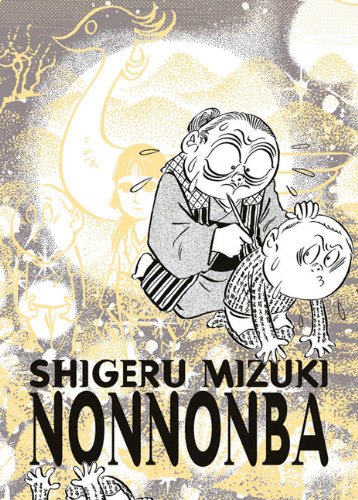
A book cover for NonNonBa; Shigeru Mizuki; Comics & Graphic Novels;